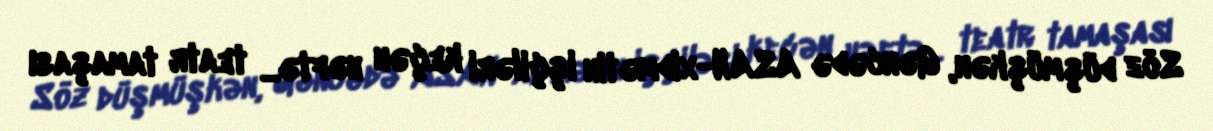
Söz düşmüşkən, Gəncədə ASAN-xidmətin işçiləri keçən həftə... teatr tamaşası